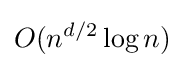
O(n^{d/2}\log n)